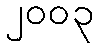
၂၀၀၃